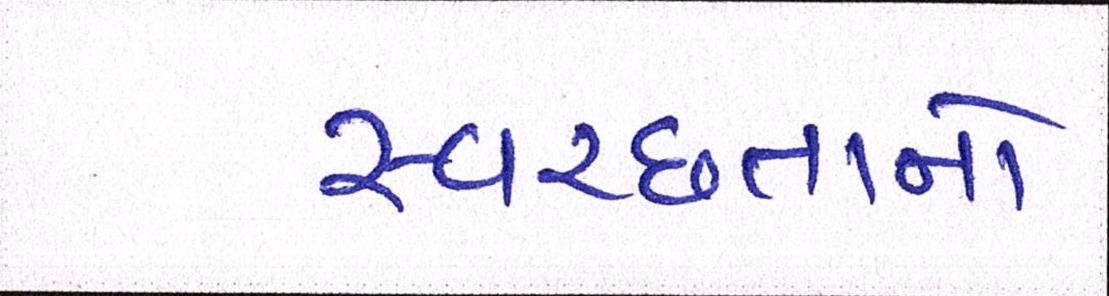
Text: સ્વચ્છતાનો